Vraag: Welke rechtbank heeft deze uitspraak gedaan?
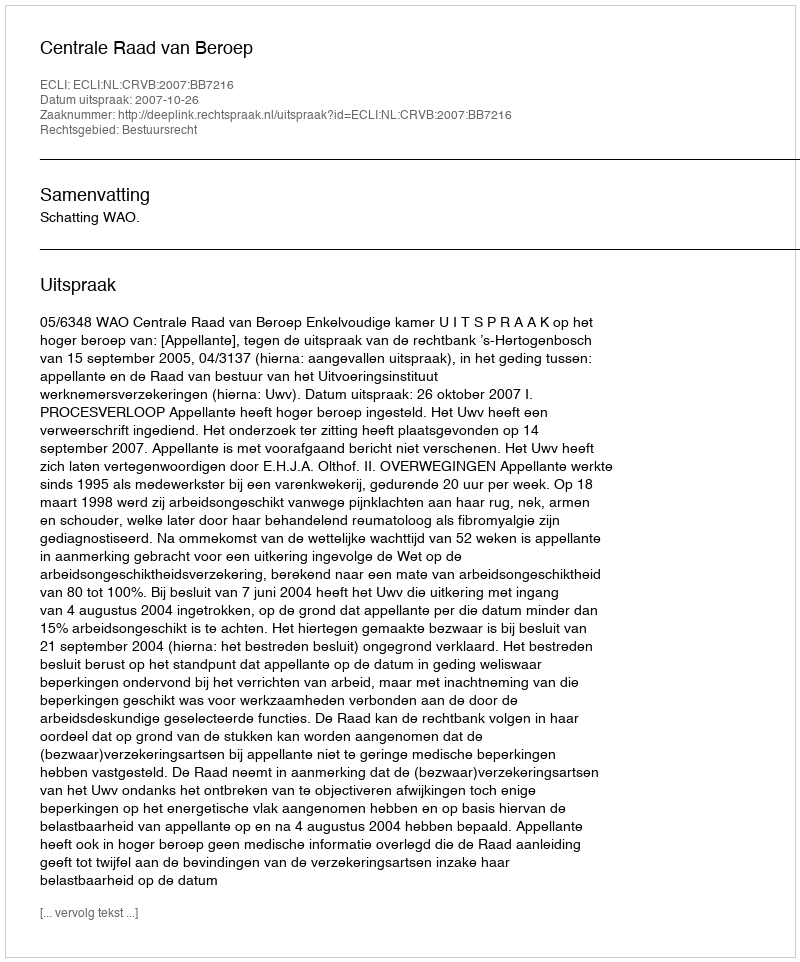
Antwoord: Centrale Raad van Beroep